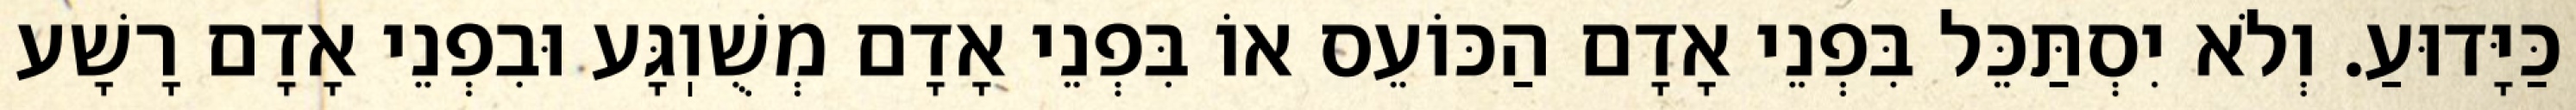
כַּיָּדוּעַ. וְלֹא יִסְתַּכֵּל בִּפְנֵי אָדָם הַכּוֹעֵס אוֹ בִּפְנֵי אָדָם מְשֻׁוֽגָּע וּבִפְנֵי אָדָם רָשָׁע